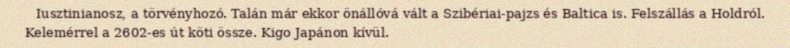
Iusztinianosz, a törvényhozó. Talán már ekkor önállóvá vált a Szibériai-pajzs és Baltica is. Felszállás a Holdról. Kelemérrel a 2602-es út köti össze. Kigo Japánon kívül.